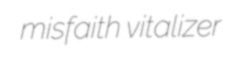
misfaith vitalizer